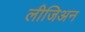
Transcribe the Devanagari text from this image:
लीजिअन